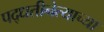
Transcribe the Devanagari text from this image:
पद्धतीनेत्याच्या